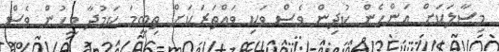
މިސާލަކަށް އަންހެން ކުދިން ވެސް ވަކި ވައްތަރަކަށް ތިބީމަ ކަމުދާ މީހުން ވެސް